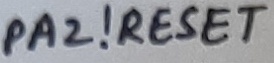
Text: PA2!RESET